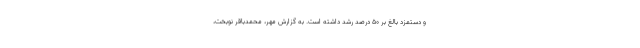
و دستمزد بالغ بر ۵۰ درصد رشد داشته است. به گزارش مهر، محمدباقر نوبخت،